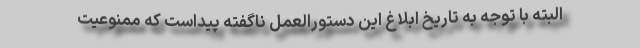
البته با توجه به تاریخ ابلاغ این دستورالعمل ناگفته پیداست که ممنوعیت